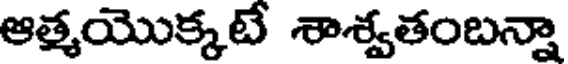
ఆత్మయొక్కటే శాశ్వతంబన్నా